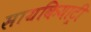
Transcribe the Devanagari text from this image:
सायकियाट्री